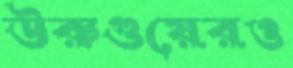
উরুগুয়েরও